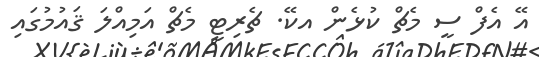
އޭ އެފް ސީ މެޗް ކުޅެން އކޭ. ޗެރިޓީ މެޗް އަމިއްލަ ޤައުމުގައި